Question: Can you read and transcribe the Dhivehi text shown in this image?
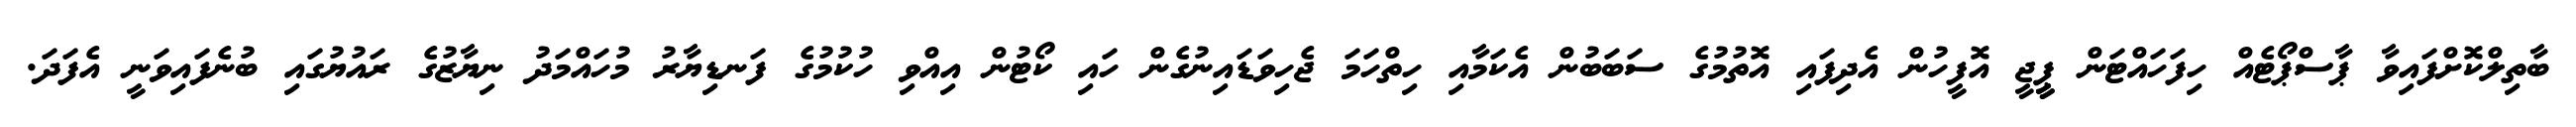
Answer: ބާތިލްކޮށްފައިވާ ޕާސްޕޯޓެއް ހިފަހައްޓަން ޕީީޖީ އޮފީހުން އެދިފައި އޮތުމުގެ ސަބަބުން އެކަމާއި ހިތްހަމަ ޖެހިވަޑައިނުގެން ހައި ކޯޓުން އިއްވި ހުކުމުގެ ފަނޑިޔާރު މުހައްމަދު ނިޔާޒުގެ ރައުޔުގައި ބުނެފައިވަނީ އެފަދަ.